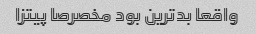
واقعا بدترین بود مخصرصا پیتزا